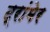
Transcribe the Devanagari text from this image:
ट्रांमेर